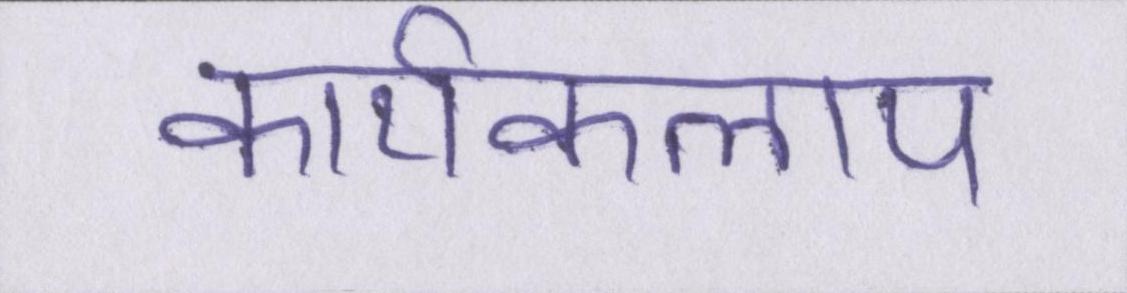
कार्यकलाप